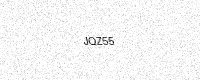
Text: JQZ55